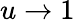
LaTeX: u\to 1